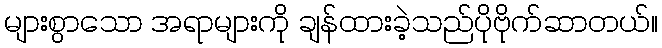
များစွာသော အရာများကို ချန်ထားခဲ့သည်ပိုဗိုက်ဆာတယ်။